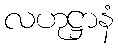
လဟုဋ္ဌာနံ